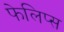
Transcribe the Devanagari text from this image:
फेलिप्स